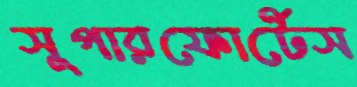
সুপারফোর্টেস